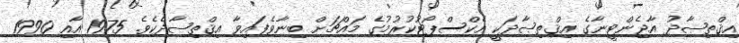
އިޤްތިޞާދު އާޖެންޓީނާގެ އިޤްތިޞާދަކީ އެކްސްޕޯޓުކުރުމުގެ މައްޗަށް ބިނާވެފައިވާ އިޤްތިޞާދެކެވެ. 1975 އާއި 1990